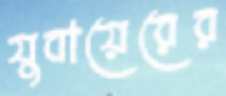
যুবায়েরের